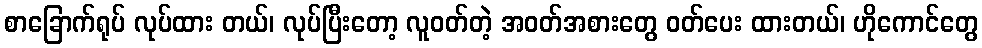
စာခြောက်ရုပ် လုပ်ထား တယ်၊ လုပ်ပြီးတော့ လူဝတ်တဲ့ အဝတ်အစားတွေ ဝတ်ပေး ထားတယ်၊ ဟိုကောင်တွေ